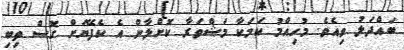
ބައްދަލު ވިއެވެ. މުހިއްމު ކަމަކާ މަޝްވަރާ ކޮށްލާން އެ ކެފޭޔަށް ގޮސް ތިބި